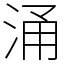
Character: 涌